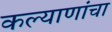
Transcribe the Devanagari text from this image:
कल्याणांचा